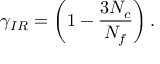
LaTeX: \gamma _ { I R } = \left( 1 - \frac { 3 N _ { c } } { N _ { f } } \right) .